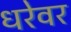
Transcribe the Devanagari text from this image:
धरेवर